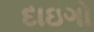
દાઇગો